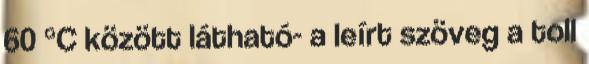
60 °C között látható- a leírt szöveg a toll